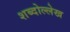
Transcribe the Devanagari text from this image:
शब्दोल्लेख